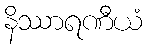
နိဿာရဏီယံ